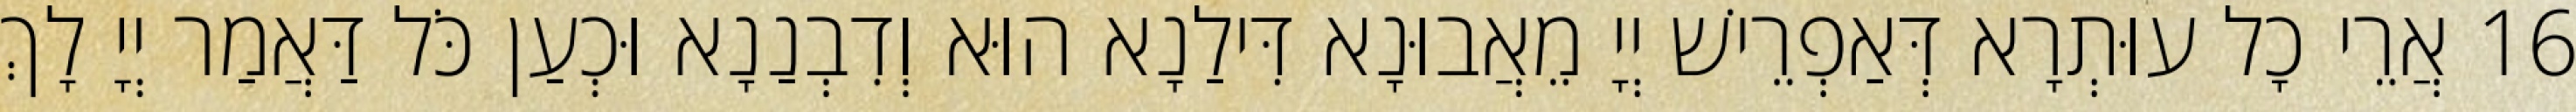
16 אֲרֵי כָל עוּתְרָא דְּאַפְרֵישׁ יְיָ מֵאֲבוּנָא דִּילַנָא הוּא וְדִבְנַנָא וּכְעַן כֹּל דַּאֲמַר יְיָ לָךְ